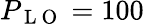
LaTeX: P_{\mathrm{~L~O~}}=100